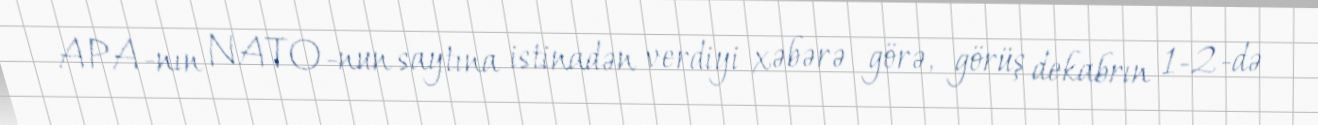
APA-nın NATO-nun saytına istinadən verdiyi xəbərə görə, görüş dekabrın 1-2-də